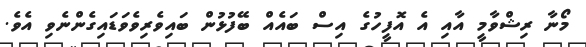
މޯނާ ރިޝްވާމީ އާއި އެ އޮފީހުގެ އިސް ބައެއް ބޭފުޅުން ބައިވެރިވެވަޑައިގެންނެވި އެވެ.